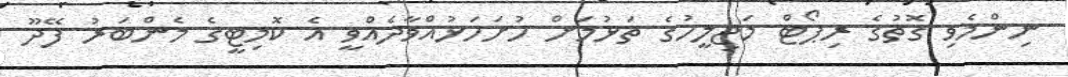
ނިންމެވި ގޮތުގެ ރިޕޯޓް މަޖިލީހުގެ ތަޅުމަށް ހުށަހަޅުއްވާދެއްވީ އެ ކޮމިޓީގެ މެންބަރު ފޭދޫ